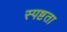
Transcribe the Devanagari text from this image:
स्‍पष्टता